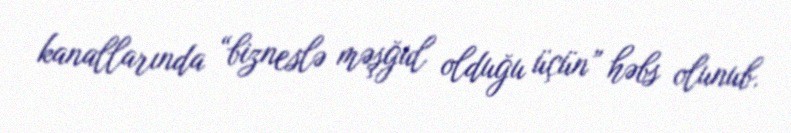
kanallarında “bizneslə məşğul olduğu üçün” həbs olunub.